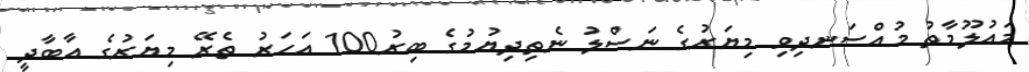
މައުލޫމާތު މުއްސަނދިވި މިޔަރުގެ ނަސްލު ނެތިދިޔުމުގެ ބިރު100 އަހަރު ތެރޭ މިޔަރުގެ އާބާދީ